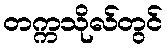
တက္ကသိုလ်တွင်